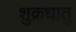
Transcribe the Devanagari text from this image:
शुक्रधातु